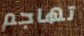
تهاجم